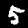
Digit: 5